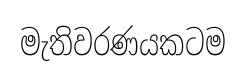
මැතිවරණයකටම